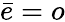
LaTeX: \bar{e}=o